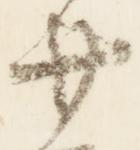
廿